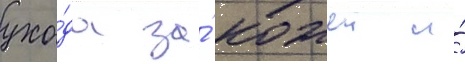
ухо́да за́ кожеи и́